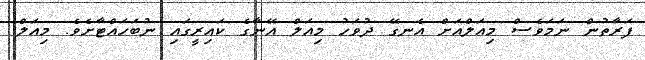
ފަރާތުން ނަމަވެސް މިއަލްއަށް އެނގޭ ދުވަހު މިއަލް އޭނާގެ ކައިރީގައި ނުބަހައްޓާށެވެ. މިއަލް